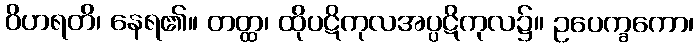
ဝိဟရတိ၊ နေရ၏။ တတ္ထ၊ ထိုပဋိကုလအပ္ပဋိကုလ၌။ ဥပေက္ခကော၊